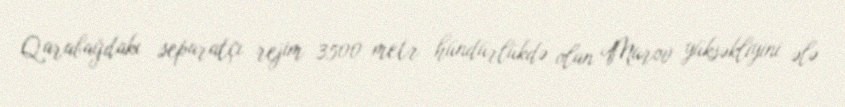
Qarabağdakı separatçı rejim 3500 metr hündürlükdə olan Murov yüksəkliyini ələ